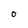
Character: O